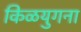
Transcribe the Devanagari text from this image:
किळयुगना